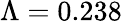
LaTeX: \Lambda=0.238